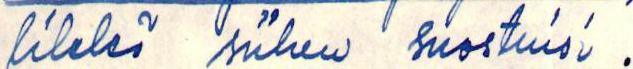
likkö siihen suostuisi.